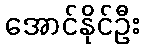
အောင်နိုင်ဦး